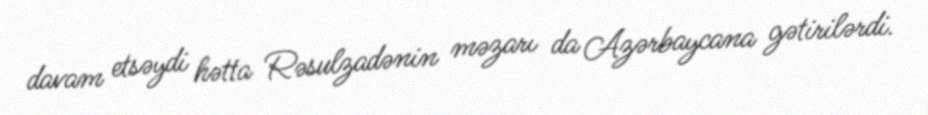
davam etsəydi hətta Rəsulzadənin məzarı da Azərbaycana gətirilərdi.